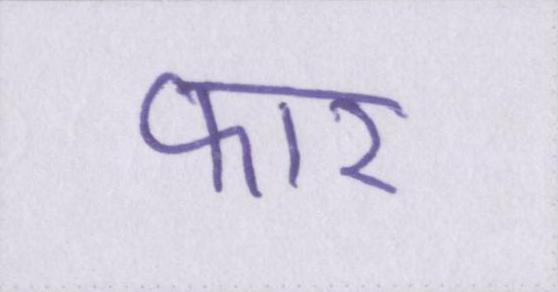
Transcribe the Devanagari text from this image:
फार